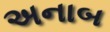
અનાબ